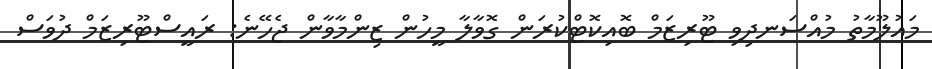
މައުލޫމާތު މުއްސަނދިވި ޓޫރިޒަމް ބޮއިކޮޓްކުރަން ގޮވާލާ މީހުން ޒިންމާވާން ޖެހޭނެ: ރައީސްޓޫރިޒަމް ދުވަސް